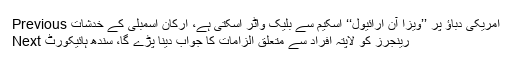
Previous امریکی دباؤ پر ’’ویزا آن ارائیول‘‘ اسکیم سے بلیک واٹر آسکتی ہے، ارکان اسمبلی کے خدشات
Next رینجرز کو لاپتہ افراد سے متعلق الزامات کا جواب دینا پڑے گا، سندھ ہائیکورٹ